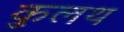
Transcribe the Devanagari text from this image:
कुलथ